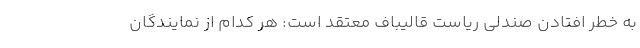
به خطر افتادن صندلی ریاست قالیباف معتقد است: هر كدام از نمایندگان